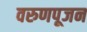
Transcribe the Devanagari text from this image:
वरुणपूजन